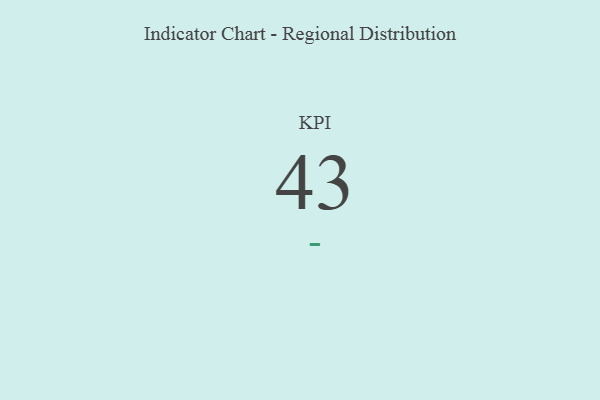
{"axis": {"x": "KPI", "y": "Value"}, "legend": [""], "data": [{"x": "KPI", "y": 43, "type": ""}]}